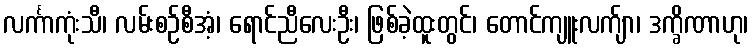
လင်္ကာကုံးသီ၊ လမ်းစဉ်စီအံ့၊ ရောင်ညီလေးဦး၊ ဖြစ်ခဲ့ထူးတွင်၊ တောင်ကျူးလက်ျာ၊ ဒက္ခိဏာဟု၊